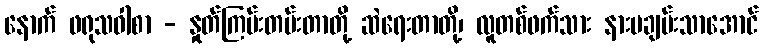
နောက် ဖရုသဝါစာ - နှုတ်ကြမ်းတမ်းတာတို့ ဆဲရေးတာတို့၊ လူတစ်ဖက်သား နားမချမ်းသာအောင်